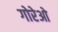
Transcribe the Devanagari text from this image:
गोरेओ